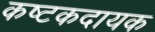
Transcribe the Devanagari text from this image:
कष्टकदायक